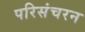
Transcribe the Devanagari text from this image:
परिसंचरन